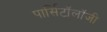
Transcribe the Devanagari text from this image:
पार्सिटॉलॉजी